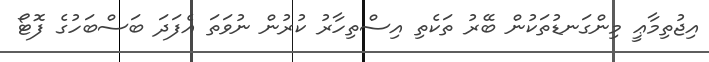
އިޖުތިމާޢީ މިންގަނޑުތަކުން ބޭރު ތަކެތި އިސްތިހާރު ކުރުން ނުވަތަ އެފަދަ ބަސްބަހުގެ ފޮޓޯ